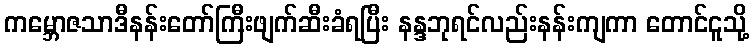
ကမ္ဘောဇသာဒီနန်းတော်ကြီးဖျက်ဆီးခံရပြီး နန္ဒဘုရင်လည်းနန်းကျကာ တောင်ငူသို့